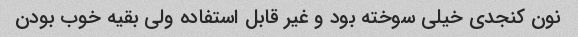
نون کنجدی خیلی سوخته بود و غیر قابل استفاده ولی بقیه خوب بودن